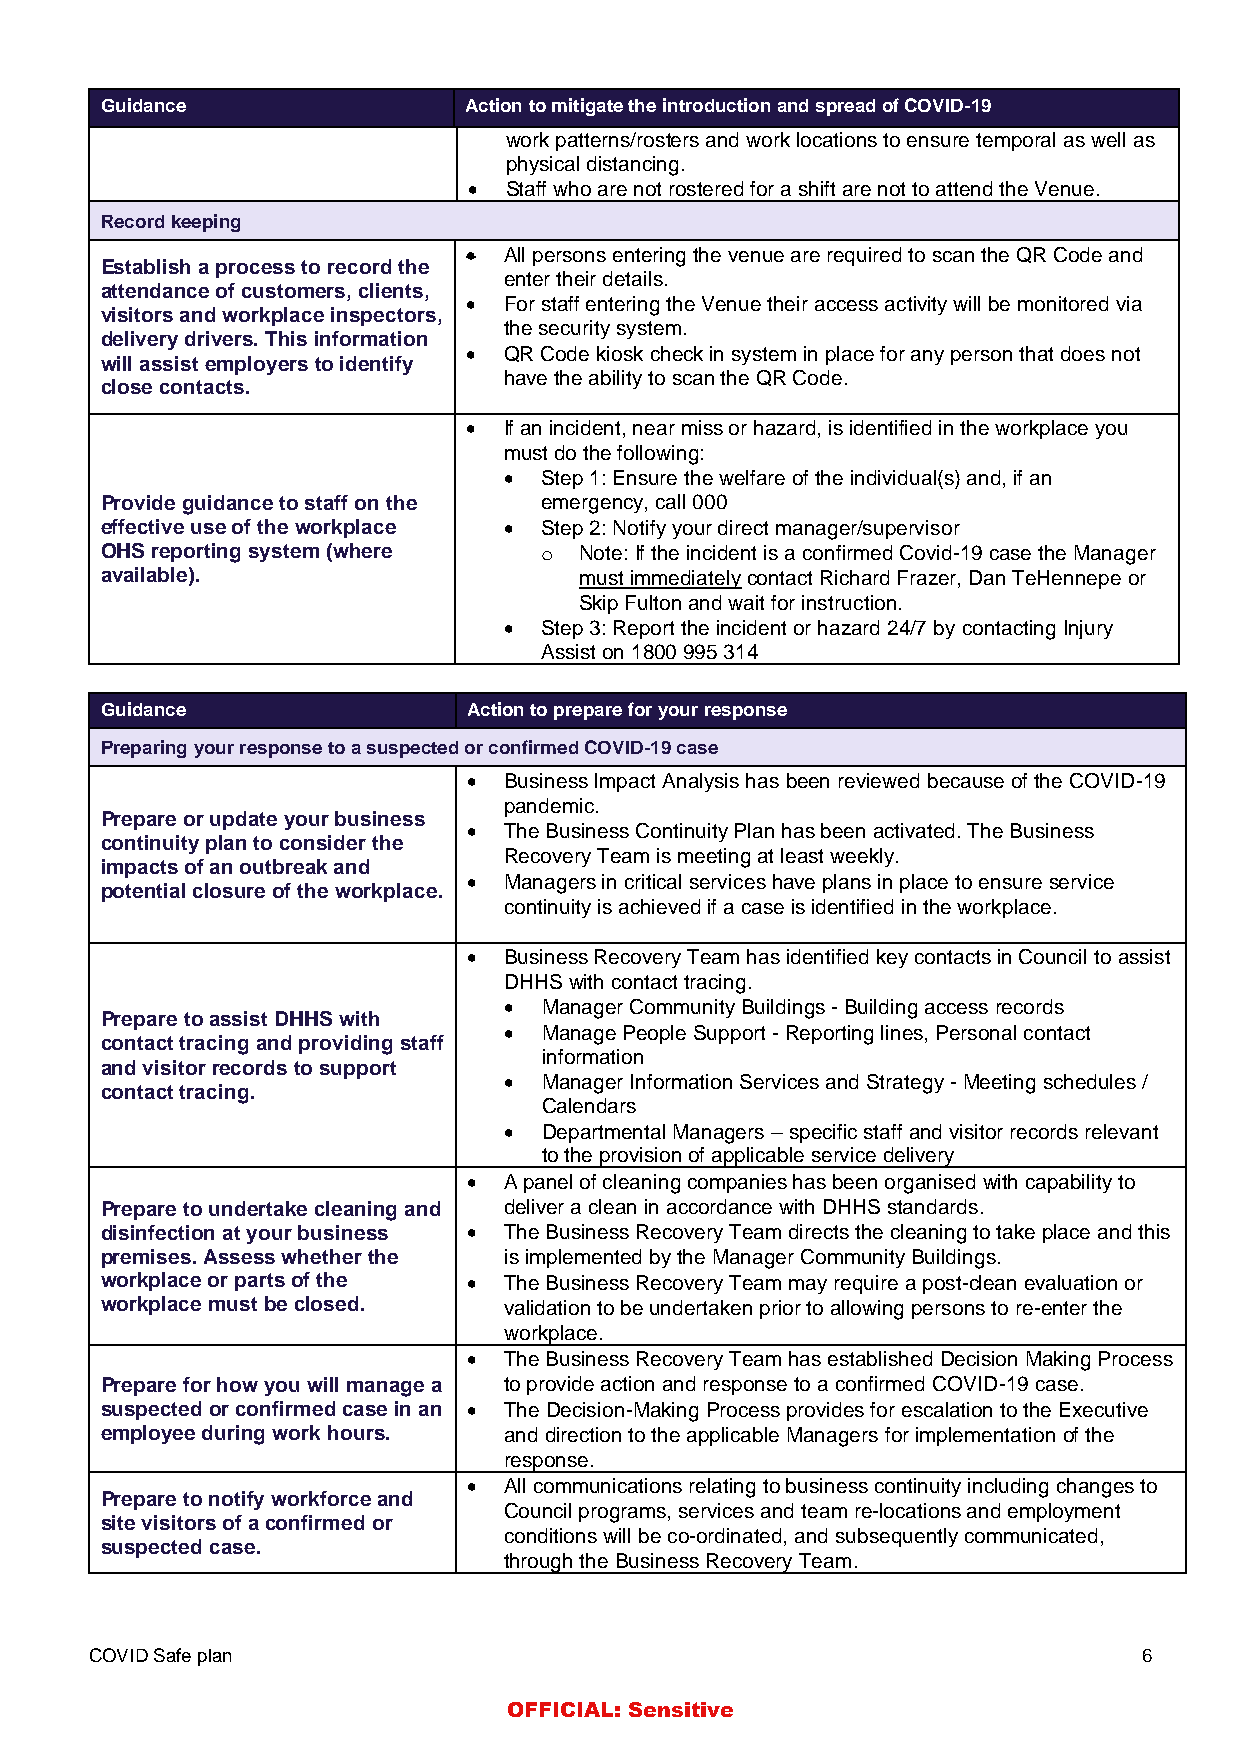
Guidance                Action to mitigate the introduction and spread of COVID-19
 work patterns/rosters and work locations to ensure temporal as well as
 physical distancing.
 • Staff who are not rostered for a shift are not to attend the Venue.
 Record keeping
 • All persons entering the venue are required to scan the QR Code and
 Establish a process to record the
 enter their details.
 attendance of customers, clients,
 • For staff entering the Venue their access activity will be monitored via
 visitors and workplace inspectors,
 the security system.
 delivery drivers. This information
 • QR Code kiosk check in system in place for any person that does not
 will assist employers to identify
 have the ability to scan the QR Code.
 close contacts.
 • If an incident, near miss or hazard, is identified in the workplace you
 must do the following:
 •  Step 1: Ensure the welfare of the individual(s) and, if an
 Provide guidance to staff on the emergency, call 000
 effective use of the workplace • Step 2: Notify your direct manager/supervisor
 OHS reporting system (where  o Note: If the incident is a confirmed Covid-19 case the Manager
 available).                    must immediately contact Richard Frazer, Dan TeHennepe or
 Skip Fulton and wait for instruction.
 •  Step 3: Report the incident or hazard 24/7 by contacting Injury
 Assist on 1800 995 314
 Guidance                Action to prepare for your response
 Preparing your response to a suspected or confirmed COVID-19 case
 • Business Impact Analysis has been reviewed because of the COVID-19
 pandemic.
 Prepare or update your business
 • The Business Continuity Plan has been activated. The Business
 continuity plan to consider the
 Recovery Team is meeting at least weekly.
 impacts of an outbreak and
 • Managers in critical services have plans in place to ensure service
 potential closure of the workplace.
 continuity is achieved if a case is identified in the workplace.
 • Business Recovery Team has identified key contacts in Council to assist
 DHHS with contact tracing.
 •  Manager Community Buildings - Building access records
 Prepare to assist DHHS with
 •  Manage People Support - Reporting lines, Personal contact
 contact tracing and providing staff
 information
 and visitor records to support
 •  Manager Information Services and Strategy - Meeting schedules /
 contact tracing.
 Calendars
 •  Departmental Managers – specific staff and visitor records relevant
 to the provision of applicable service delivery
 • A panel of cleaning companies has been organised with capability to
 Prepare to undertake cleaning and deliver a clean in accordance with DHHS standards.
 disinfection at your business • The Business Recovery Team directs the cleaning to take place and this
 premises. Assess whether the is implemented by the Manager Community Buildings.
 workplace or parts of the • The Business Recovery Team may require a post-clean evaluation or
 workplace must be closed. validation to be undertaken prior to allowing persons to re-enter the
 workplace.
 • The Business Recovery Team has established Decision Making Process
 Prepare for how you will manage a to provide action and response to a confirmed COVID-19 case.
 suspected or confirmed case in an • The Decision-Making Process provides for escalation to the Executive
 employee during work hours. and direction to the applicable Managers for implementation of the
 response.
 • All communications relating to business continuity including changes to
 Prepare to notify workforce and
 Council programs, services and team re-locations and employment
 site visitors of a confirmed or
 conditions will be co-ordinated, and subsequently communicated,
 suspected case.
 through the Business Recovery Team.
 COVID Safe plan                                                       6
 OFFICIAL: Sensitive